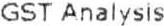
GST ANALYSIS